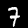
Digit: 7